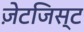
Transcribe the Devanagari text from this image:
ज़ेटजिस्ट